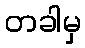
တခါမှ